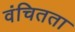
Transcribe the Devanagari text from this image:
वंचितता